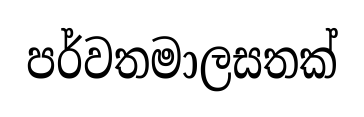
පර්වතමාලසතක්